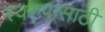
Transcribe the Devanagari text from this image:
स्वरुपासाठी